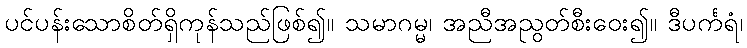
ပင်ပန်းသောစိတ်ရှိကုန်သည်ဖြစ်၍။ သမာဂမ္မ၊ အညီအညွတ်စီးဝေး၍။ ဒီပင်္ကရံ၊